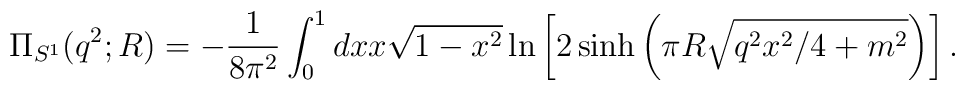
\Pi_{S^1}(q^2;R) = -{1\over 8\pi^2}\int_0^1 dx x\sqrt{1-x^2}\ln\left[2\sinh\left(\pi R\sqrt{q^2x^2/4+m^2}\right)\right].